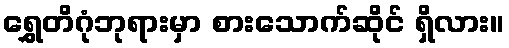
ရွှေတိဂုံဘုရားမှာ စားသောက်ဆိုင် ရှိလား။